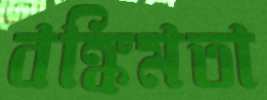
বঙ্কিমতা